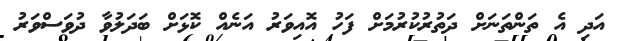
އަދި އެ ތަންތަނަށް ދަތުރުކުރުމަށް ފަހު އޮއިވަރު އަނެއް ކޮޅަށް ބަދަލުވާ ދުވަސްވަރު